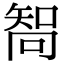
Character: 𠕧